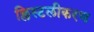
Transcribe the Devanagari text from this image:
क्लिस्टलीकरण